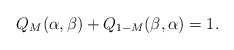
\begin{align*}Q_M(\alpha ,\beta)+Q_{1-M}(\beta ,\alpha)=1. \end{align*}